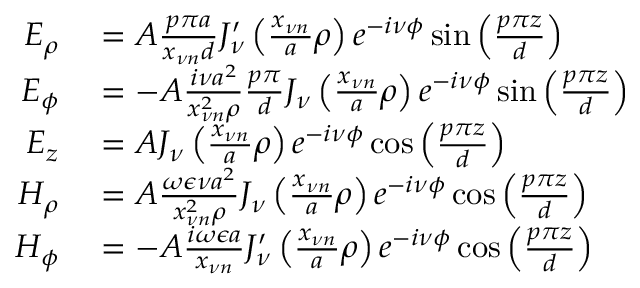
\begin{array} { r l } { E _ { \rho } } & { { } = A \frac { p \pi a } { x _ { \nu n } d } J _ { \nu } ^ { \prime } \left( \frac { x _ { \nu n } } { a } \rho \right) e ^ { - i \nu \phi } \sin \left( \frac { p \pi z } { d } \right) } \\ { E _ { \phi } } & { { } = - A \frac { i \nu a ^ { 2 } } { x _ { \nu n } ^ { 2 } \rho } \frac { p \pi } { d } J _ { \nu } \left( \frac { x _ { \nu n } } { a } \rho \right) e ^ { - i \nu \phi } \sin \left( \frac { p \pi z } { d } \right) } \\ { E _ { z } } & { { } = A J _ { \nu } \left( \frac { x _ { \nu n } } { a } \rho \right) e ^ { - i \nu \phi } \cos \left( \frac { p \pi z } { d } \right) } \\ { H _ { \rho } } & { { } = A \frac { \omega \epsilon \nu a ^ { 2 } } { x _ { \nu n } ^ { 2 } \rho } J _ { \nu } \left( \frac { x _ { \nu n } } { a } \rho \right) e ^ { - i \nu \phi } \cos \left( \frac { p \pi z } { d } \right) } \\ { H _ { \phi } } & { { } = - A \frac { i \omega \epsilon a } { x _ { \nu n } } J _ { \nu } ^ { \prime } \left( \frac { x _ { \nu n } } { a } \rho \right) e ^ { - i \nu \phi } \cos \left( \frac { p \pi z } { d } \right) } \end{array}